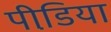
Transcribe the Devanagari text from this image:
पीडि़या